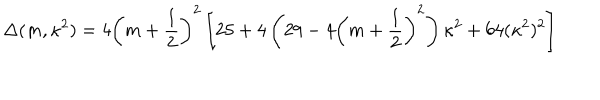
LaTeX: \Delta ( m , \kappa ^ { 2 } ) = 4 \left( m + \frac 1 2 \right) ^ { 2 } \left[ 2 5 + 4 \left( 2 9 - 4 \left( m + \frac 1 2 \right) ^ { 2 } \right) \kappa ^ { 2 } + 6 4 ( \kappa ^ { 2 } ) ^ { 2 } \right]